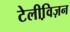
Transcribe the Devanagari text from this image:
टेलीवि़ज़न